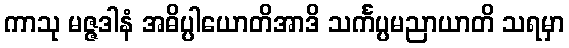
ကာသု မဇ္ဇဒါနံ အဓိပ္ပါယောတိအာဒိ သင်္ကပ္ပမညာယာတိ သရမှာ